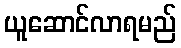
ယူဆောင်လာရမည်